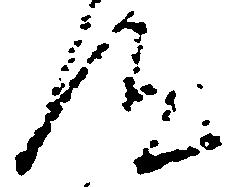
汰